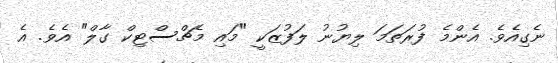
ނެގިއެވެ. އެންމެ ފުރަތަމަ ލިޔުނު ލަފުޒަކީ "މައި މެޗްސްޓިކް ގާލް" އެވެ. އެ